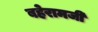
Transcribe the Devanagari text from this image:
बहेरामजी